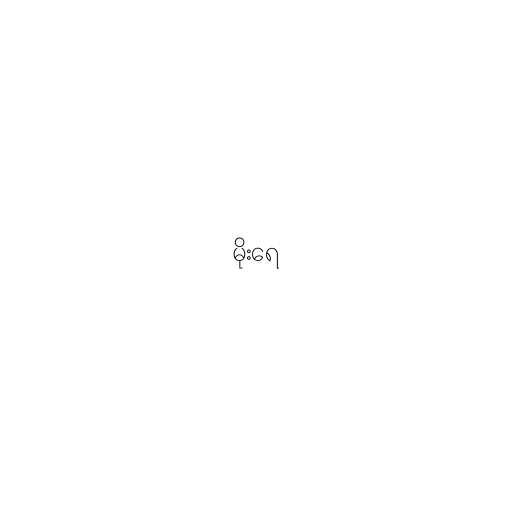
မိုးရေ